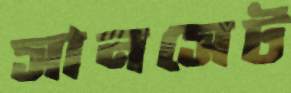
সানসেট